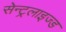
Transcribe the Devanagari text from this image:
सेन्ट्रलाइज्ड